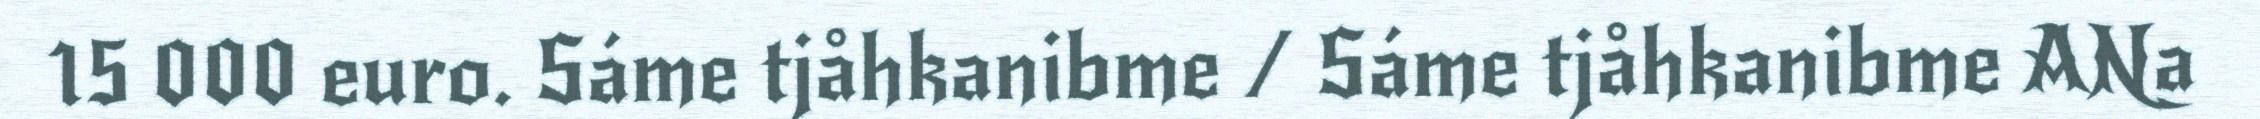
15 000 euro. Sáme tjåhkanibme / Sáme tjåhkanibme ANa